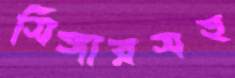
সিঙ্গারসহ